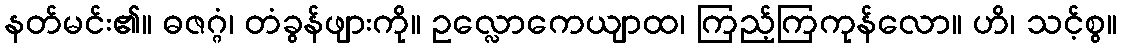
နတ်မင်း၏။ ဓဇဂ္ဂံ၊ တံခွန်ဖျားကို။ ဥလ္လောကေယျာထ၊ ကြည့်ကြကုန်လော။ ဟိ၊ သင့်စွ။